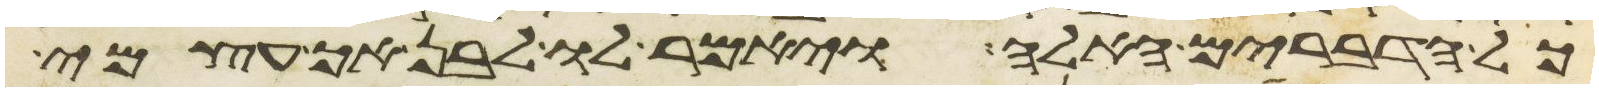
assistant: כל הדברים האלה ויאמר לו לבן אך עצמי